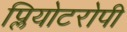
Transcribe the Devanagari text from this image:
प्लियोटरोपी